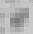
福